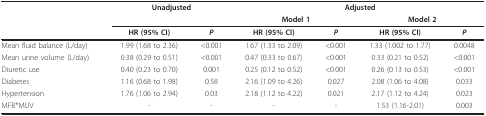
|  | <COLSPAN=2> Unadjusted | <COLSPAN=4> Adjusted |
 |  |  |  | <COLSPAN=2> Model 1 | <COLSPAN=2> Model 2 |
 |  | HR (95% CI) | P | HR (95% CI) | P | HR (95% CI) | P |
 | --- | --- | --- | --- | --- | --- | --- |
 | Mean fluid balance (L/day) | 1.99 (1.68 to 2.36) | <0.001 | 1.67 (1.33 to 2.09) | <0.001 | 1.33 (1.002 to 1.77) | 0.0048 |
 | Mean urine volume (L/day) | 0.38 (0.29 to 0.51) | <0.001 | 0.47 (0.33 to 0.67) | <0.001 | 0.33 (0.21 to 0.52) | <0.001 |
 | Diuretic use | 0.40 (0.23 to 0.70) | 0.001 | 0.25 (0.12 to 0.52) | <0.001 | 0.26 (0.13 to 0.53) | <0.001 |
 | Diabetes | 1.16 (0.68 to 1.98) | 0.58 | 2.16 (1.09 to 4.26) | 0.027 | 2.08 (1.06 to 4.08) | 0.033 |
 | Hypertension | 1.76 (1.06 to 2.94) | 0.03 | 2.18 (1.12 to 4.22) | 0.021 | 2.17 (1.12 to 4.24) | 0.023 |
 | MFB*MUV | - | - | - | - | 1.53 (1.16-2.01) | 0.003 |